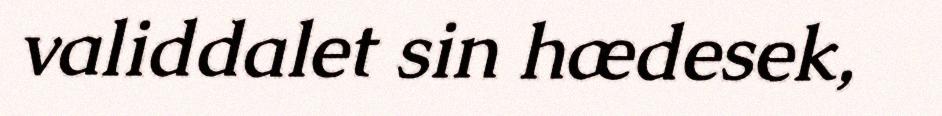
validdalet sin hædesek,